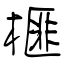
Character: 榧